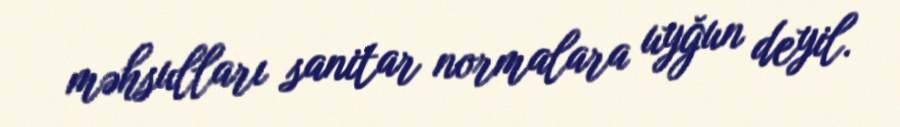
məhsulları sanitar normalara uyğun deyil.